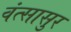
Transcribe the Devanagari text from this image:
वंत्सासुर